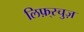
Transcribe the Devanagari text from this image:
लिफ़्स्चुज़